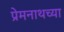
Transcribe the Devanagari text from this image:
प्रेमनाथच्या